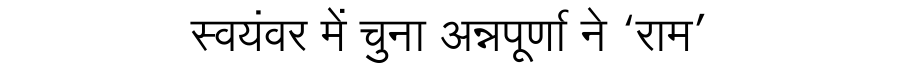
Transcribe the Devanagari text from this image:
स्वयंवर में चुना अन्नपूर्णा ने ‘राम’